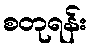
စတုရန်း